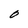
Character: O